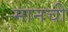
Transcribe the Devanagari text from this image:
मानची